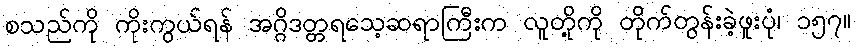
စသည်ကို ကိုးကွယ်ရန် အဂ္ဂိဒတ္တရသေ့ဆရာကြီးက လူတို့ကို တိုက်တွန်းခဲ့ဖူးပုံ၊ ၁၅၇။